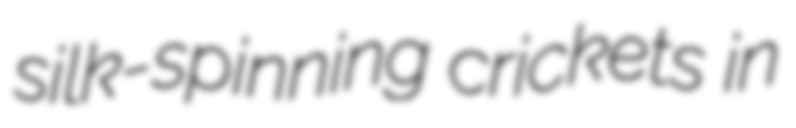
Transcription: silk-spinning crickets in